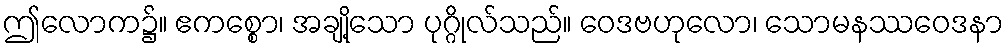
ဤလောက၌။ ဧကစ္စော၊ အချို့သော ပုဂ္ဂိုလ်သည်။ ဝေဒဗဟုလော၊ သောမနဿဝေဒနာ